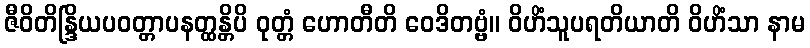
ဇီဝိတိန္ဒြိယပဝတ္တာပနတ္ထန္တိပိ ဝုတ္တံ ဟောတီတိ ဝေဒိတဗ္ဗံ။ ဝိဟိံသူပရတိယာတိ ဝိဟိံသာ နာမ